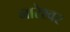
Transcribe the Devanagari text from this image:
नारेश्‍वर